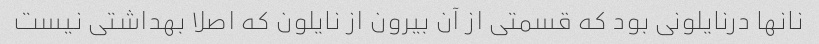
نانها در‌نایلونی بود که قسمتی از آن بیرون از نایلون که اصلا بهداشتی نیست